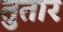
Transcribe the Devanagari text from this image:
तुतार